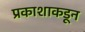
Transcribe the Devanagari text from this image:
प्रकाशाकडून